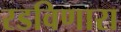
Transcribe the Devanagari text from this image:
रडविणारा